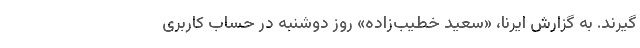
گیرند. به گزارش ایرنا، «سعید خطیب‌زاده» روز دوشنبه در حساب کاربری